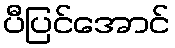
ပီပြင်အောင်